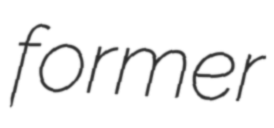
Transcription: former